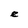
Character: e